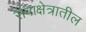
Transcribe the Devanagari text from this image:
सेवाक्षेत्रातील